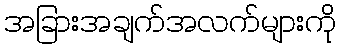
အခြားအချက်အလက်များကို